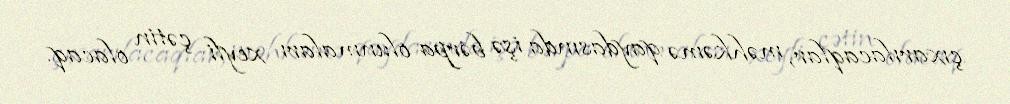
çıxarılacaqlar, məhkəmə qaydasında işə bərpa olunmaları xeyli çətin olacaq.